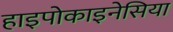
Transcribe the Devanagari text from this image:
हाइपोकाइनेसिया